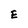
Character: E